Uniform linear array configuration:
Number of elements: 4
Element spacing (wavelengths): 0.5
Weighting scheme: cosine
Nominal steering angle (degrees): -30
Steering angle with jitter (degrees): -29.498
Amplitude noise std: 0.05
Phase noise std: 0.05

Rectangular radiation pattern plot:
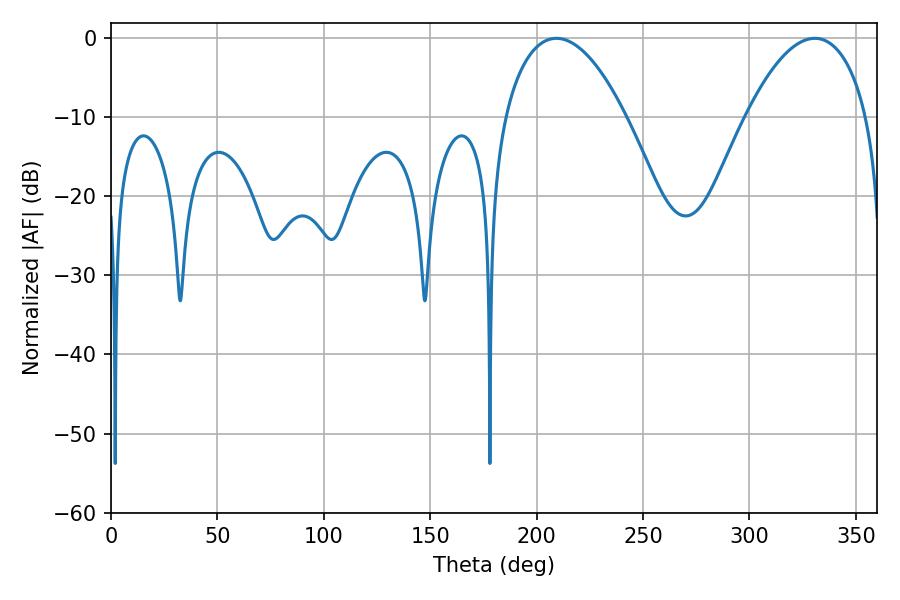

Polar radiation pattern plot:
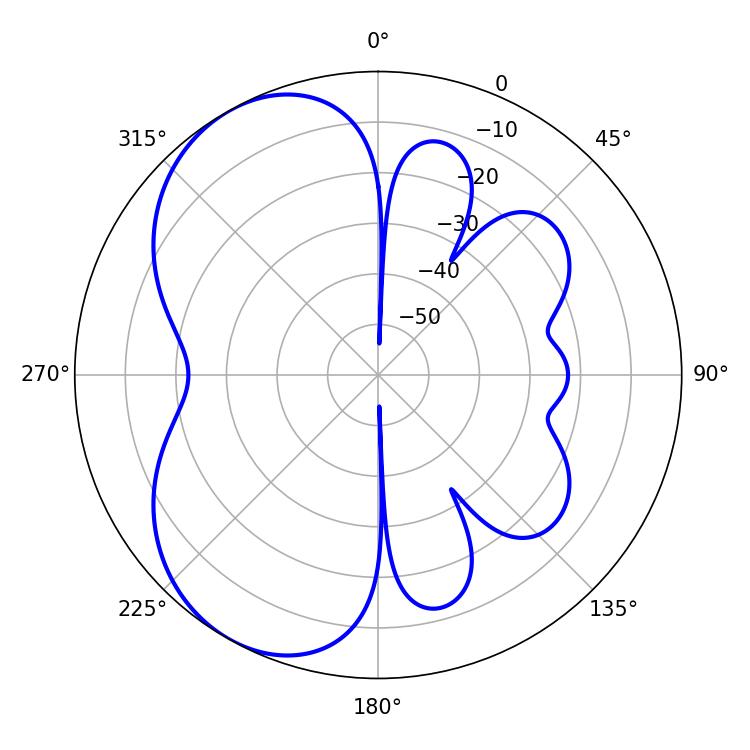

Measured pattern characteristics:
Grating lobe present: FALSE
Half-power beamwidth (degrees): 31.86
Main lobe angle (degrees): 209.34